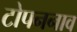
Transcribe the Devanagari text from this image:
टोपननाव